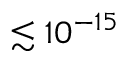
\lesssim 1 0 ^ { - 1 5 }